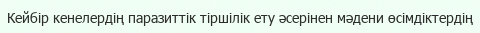
Кейбір кенелердің паразиттік тіршілік ету әсерінен мәдени өсімдіктердің